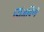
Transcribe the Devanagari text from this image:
झिजविणें